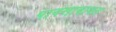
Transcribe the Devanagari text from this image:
पावसाबाबत